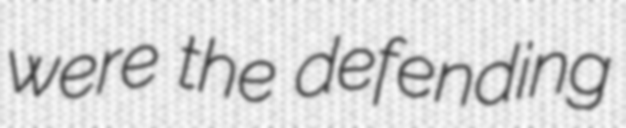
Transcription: were the defending